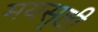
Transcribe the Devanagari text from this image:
मयसृष्टी